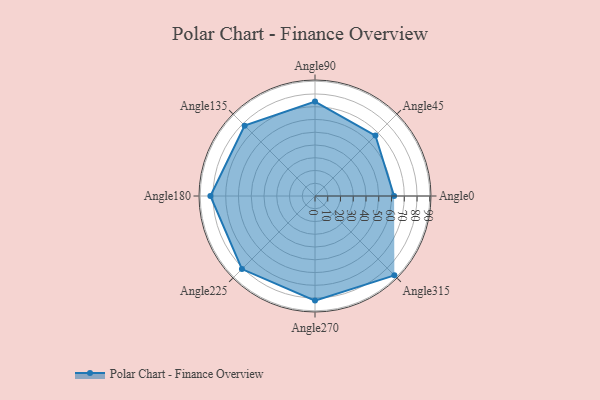
{"axis": {"x": "Angle", "y": "Radius"}, "legend": [""], "data": [{"x": "Angle0", "y": 62.0, "type": ""}, {"x": "Angle45", "y": 67.0, "type": ""}, {"x": "Angle90", "y": 74.0, "type": ""}, {"x": "Angle135", "y": 78.0, "type": ""}, {"x": "Angle180", "y": 82.0, "type": ""}, {"x": "Angle225", "y": 81.0, "type": ""}, {"x": "Angle270", "y": 82.0, "type": ""}, {"x": "Angle315", "y": 88.0, "type": ""}]}